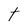
Character: t